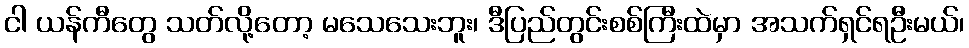
ငါ ယန်ကီတွေ သတ်လို့တော့ မသေသေးဘူး၊ ဒီပြည်တွင်းစစ်ကြီးထဲမှာ အသက်ရှင်ရဦးမယ်၊